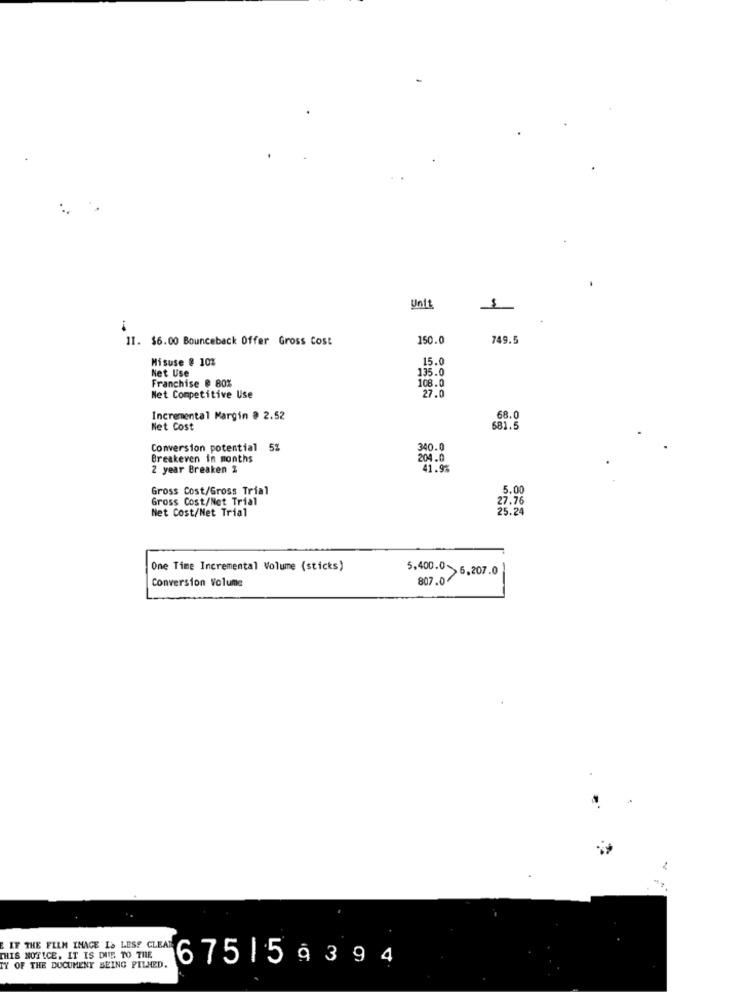
Unit
$
11. $6.00 Bounceback Offer Gross Cost
150.0
749.5
Misuse @ 10%
15.
Net Use
135.0
Franchise @ 80%
108.0
Net Competitive Use
27.0
Incremental Margin # 2.52
68.0
Net Cost
681.5
Conversion potential 5%
340.0
Breakeven in months
204.0
2 year Breaken 2
41.9%
Gross Cost/Gross Trial
5.00
Gross Cost/Net Trial
27.76
Net Cost/Net Trial
25.24
One Time Incremental Volume (sticks)
Conversion Volume
5,400.0 > 6,207.0
807.0
2
IF THE FILM INAGE IS LESS CLEAT
THIS NOTICE. IT IS DUE TO THE
6751 59394
TY OF THE DOCUMENT BEING PILHED.